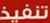
تنفيذ